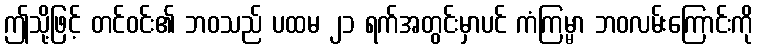
ဤသို့ဖြင့် တင်ဝင်း၏ ဘဝသည် ပထမ ၂၁ ရက်အတွင်းမှာပင် ကံကြမ္မာ ဘဝလမ်းကြောင်းကို